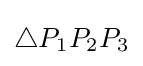
\triangle P_{1}P_{2}P_{3}